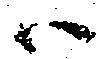
ハ